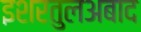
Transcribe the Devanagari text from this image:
इशरतुलअबाद